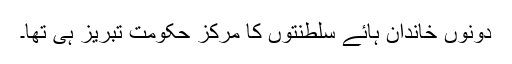
دونوں خاندان ہائے سلطنتوں کا مرکز حکومت تبریز ہی تھا۔